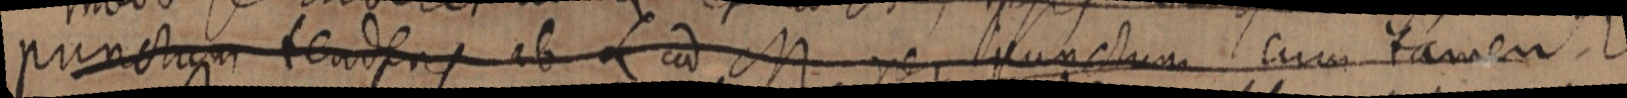
punctum teadens ab L ad M per punctum cum tamen